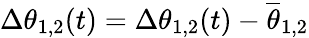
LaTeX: \Delta\theta_{1,2}(t)=\Delta\theta_{1,2}(t)-\overline{{\theta}}_{1,2}